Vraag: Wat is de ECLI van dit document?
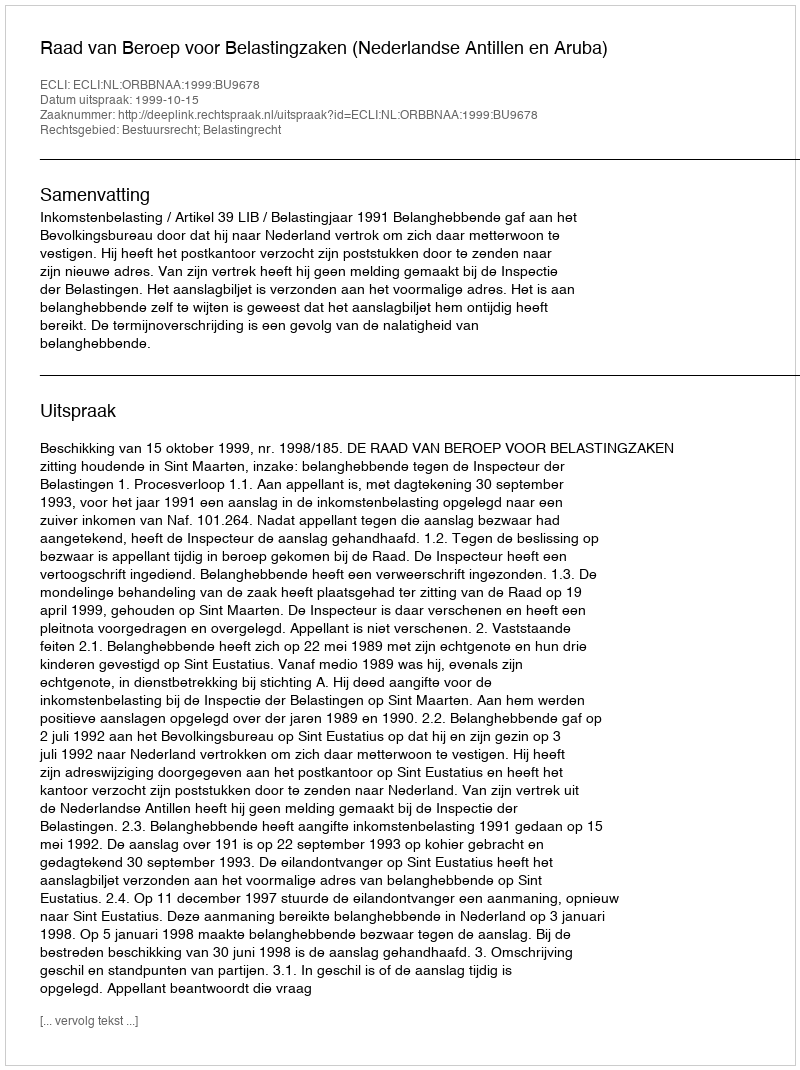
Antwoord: ECLI:NL:ORBBNAA:1999:BU9678